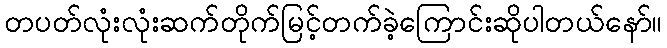
တပတ်လုံးလုံးဆက်တိုက်မြင့်တက်ခဲ့ကြောင်းဆိုပါတယ်နော်။